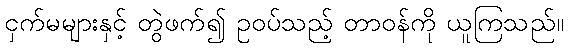
ငှက်မများနှင့် တွဲဖက်၍ ဥဝပ်သည့် တာဝန်ကို ယူကြသည်။